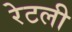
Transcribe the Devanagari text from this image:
रेटली